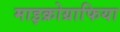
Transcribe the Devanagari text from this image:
माइक्रोग्राफिया